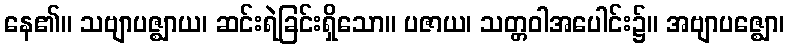
နေ၏။ သဗျာပဇ္ဈာယ၊ ဆင်းရဲခြင်းရှိသော။ ပဇာယ၊ သတ္တဝါအပေါင်း၌။ အဗျာပဇ္ဈော၊